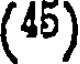
(45)